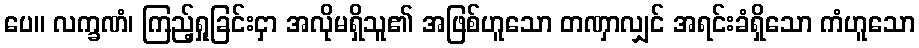
ပေ။ လက္ခဏံ၊ ကြည့်ရှုခြင်းငှာ အလိုမရှိသူ၏ အဖြစ်ဟူသော တဏှာလျှင် အရင်းခံရှိသော ကံဟူသော